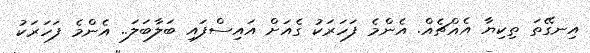
އިނގޭތަ ތިކިޔާ އެއްޗެއް. އެންމެ ފަހަރަކު ގެއަށް އައިސްފައި ބަލާބަލަ.. އެންމެ ފަހަރަކު